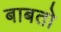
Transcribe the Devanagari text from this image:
बाबतो